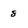
Character: 8